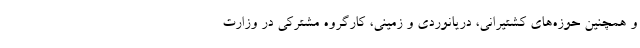
و همچنین حوزه‌های کشتیرانی، دریانوردی و زمینی، کارگروه مشترکی در وزارت